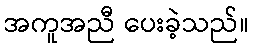
အကူအညီ ပေးခဲ့သည်။